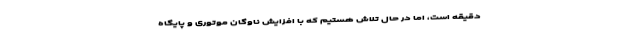
دقیقه است، اما در حال تلاش هستیم که با افزایش ناوگان موتوری و پایگاه